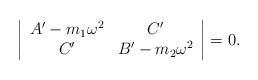
LaTeX: \begin{align*}\left | \begin{array}{cc}A'-m_{1}\omega^2 & C' \\C' & B' - m_{2}\omega^2 \end{array} \right | = 0 .\end{align*}